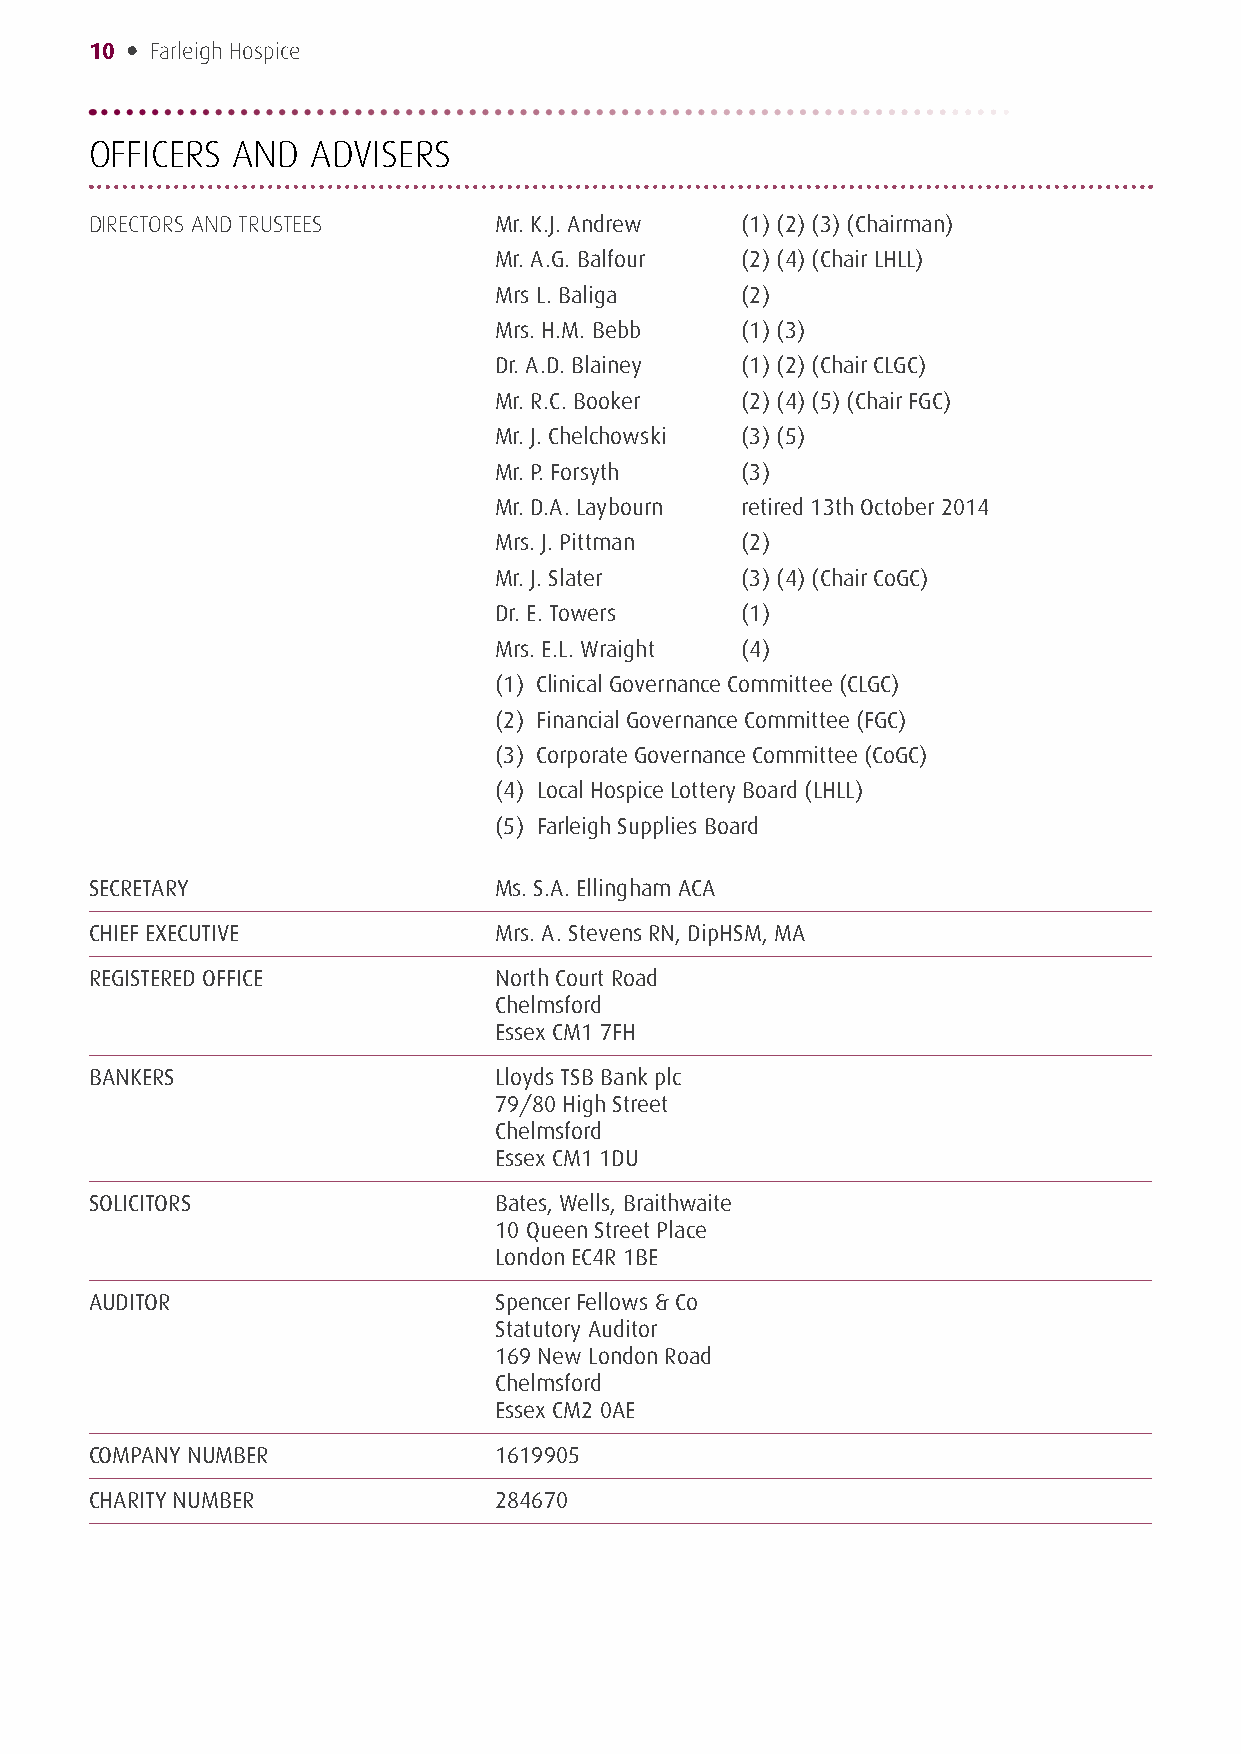
10 • Farleigh Hospice
 OFFICERS AND   ADVISERS
 DIRECTORS AND TRUSTEES     Mr. K.J. Andrew (1) (2) (3) (Chairman)
 Mr. A.G. Balfour (2) (4) (Chair LHLL)
 Mrs L. Baliga   (2)
 Mrs. H.M. Bebb  (1) (3)
 Dr. A.D. Blainey (1) (2) (Chair CLGC)
 Mr. R.C. Booker (2) (4) (5) (Chair FGC)
 Mr. J. Chelchowski (3) (5)
 Mr. P. Forsyth  (3)
 Mr. D.A. Laybourn retired 13th October 2014
 Mrs. J. Pittman (2)
 Mr. J. Slater   (3) (4) (Chair CoGC)
 Dr. E. Towers   (1)
 Mrs. E.L. Wraight (4)
 (1) Clinical Governance Committee (CLGC)
 (2) Financial Governance Committee (FGC)
 (3) Corporate Governance Committee (CoGC)
 (4) Local Hospice Lottery Board (LHLL)
 (5) Farleigh Supplies Board
 SECRETARY                  Ms. S.A. Ellingham ACA
 CHIEF EXECUTIVE            Mrs. A. Stevens RN, DipHSM, MA
 REGISTERED OFFICE          North Court Road
 Chelmsford
 Essex CM1 7FH
 BANKERS                    Lloyds TSB Bank plc
 79/80 High Street
 Chelmsford
 Essex CM1 1DU
 SOLICITORS                 Bates, Wells, Braithwaite
 10 Queen Street Place
 London EC4R 1BE
 AUDITOR                    Spencer Fellows & Co
 Statutory Auditor
 169 New London Road
 Chelmsford
 Essex CM2 0AE
 COMPANY NUMBER             1619905
 CHARITY NUMBER             284670